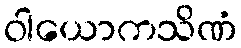
ဝါယောကသိဏံ